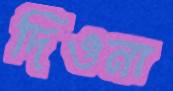
দিওনা